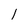
Character: l